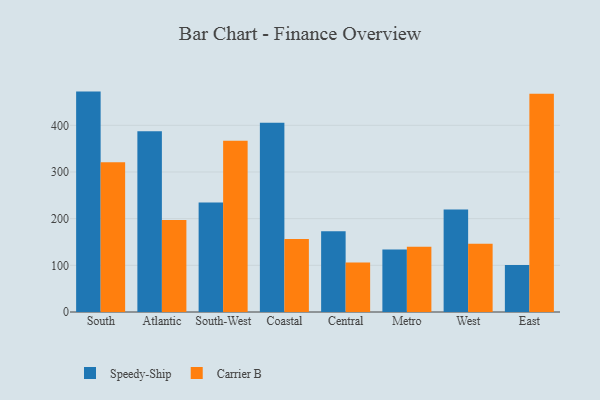
{"axis": {"x": "Region", "y": "Churn Rate (%)"}, "legend": ["Carrier B", "Speedy-Ship"], "data": [{"x": "South", "y": 472.2, "type": "Speedy-Ship"}, {"x": "South", "y": 320.6, "type": "Carrier B"}, {"x": "Atlantic", "y": 387.4, "type": "Speedy-Ship"}, {"x": "Atlantic", "y": 196.9, "type": "Carrier B"}, {"x": "South-West", "y": 234.4, "type": "Speedy-Ship"}, {"x": "South-West", "y": 366.8, "type": "Carrier B"}, {"x": "Coastal", "y": 405.5, "type": "Speedy-Ship"}, {"x": "Coastal", "y": 156.4, "type": "Carrier B"}, {"x": "Central", "y": 173.0, "type": "Speedy-Ship"}, {"x": "Central", "y": 105.8, "type": "Carrier B"}, {"x": "Metro", "y": 134.0, "type": "Speedy-Ship"}, {"x": "Metro", "y": 139.9, "type": "Carrier B"}, {"x": "West", "y": 219.7, "type": "Speedy-Ship"}, {"x": "West", "y": 146.3, "type": "Carrier B"}, {"x": "East", "y": 100.9, "type": "Speedy-Ship"}, {"x": "East", "y": 467.5, "type": "Carrier B"}]}